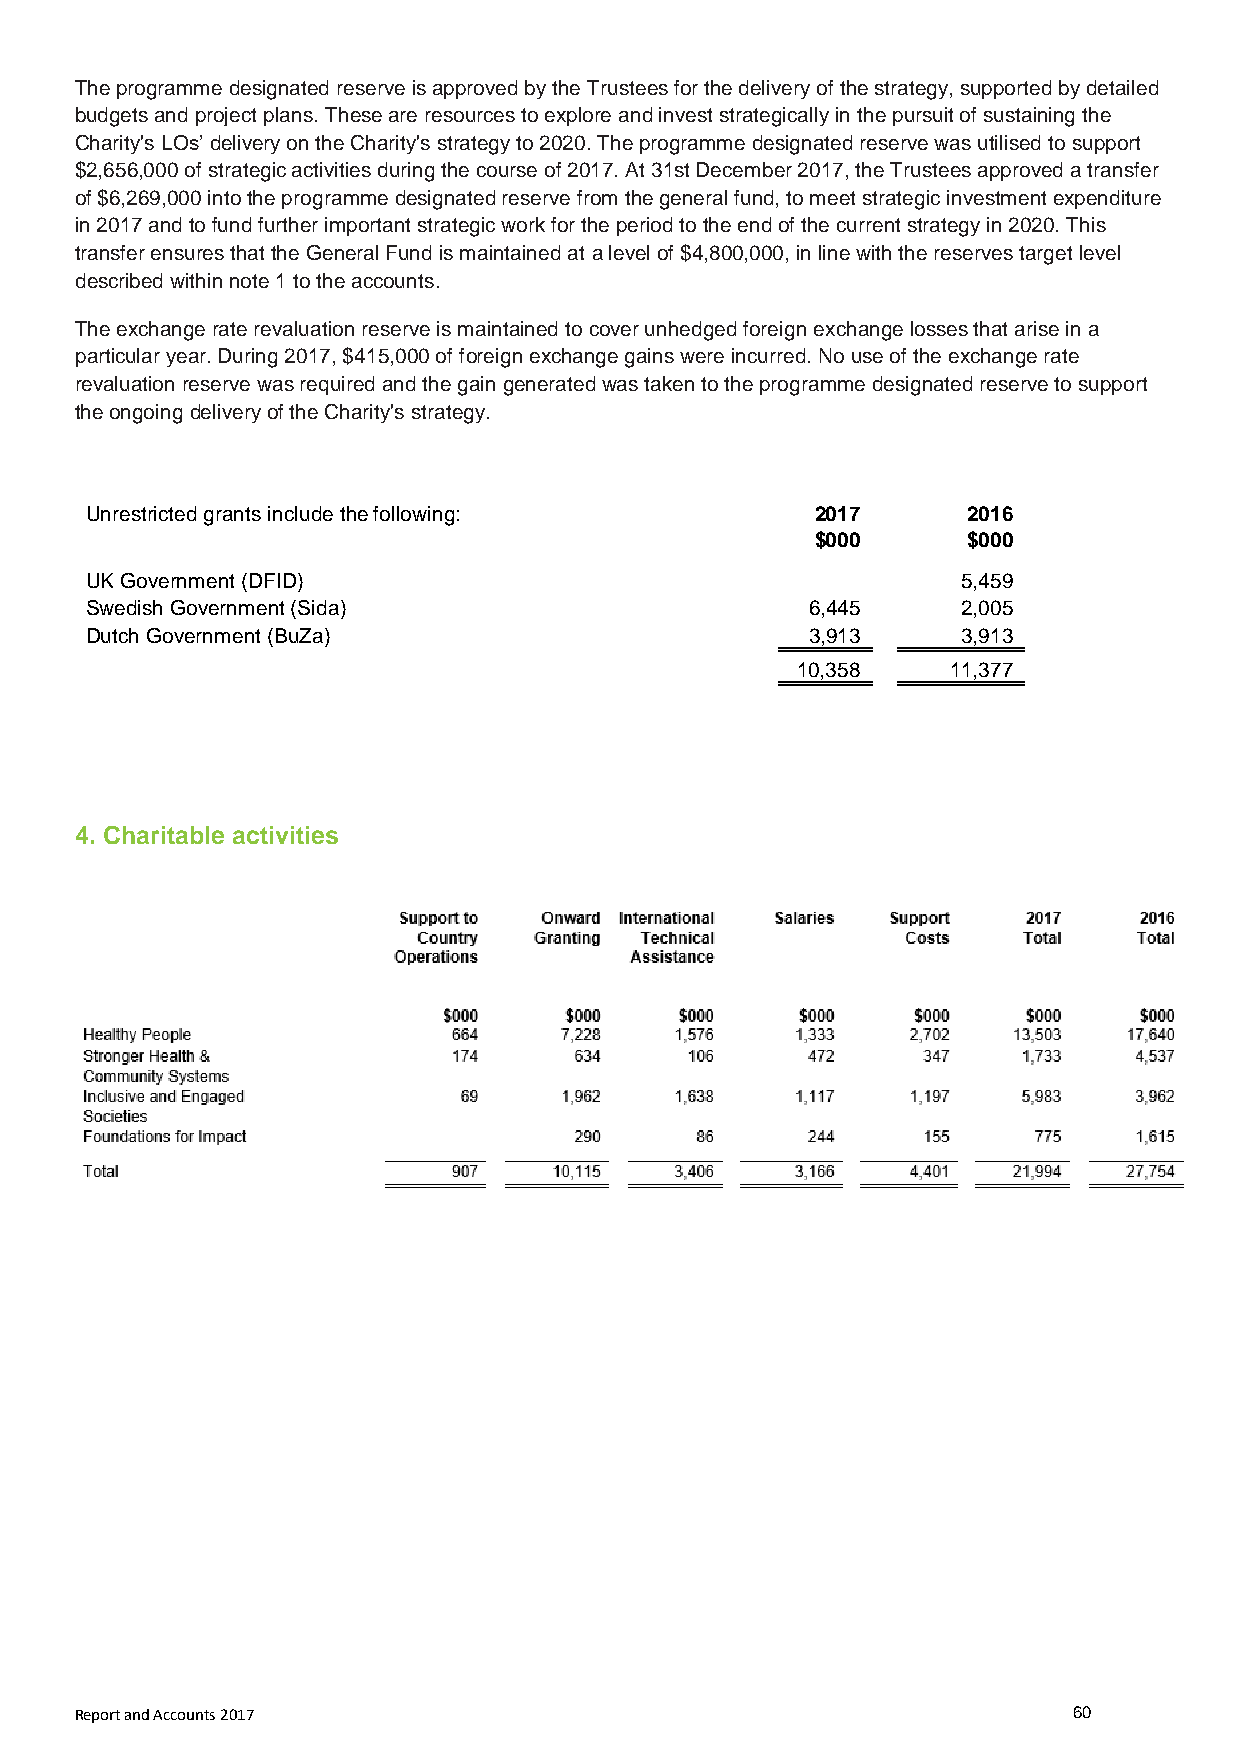
The programme designated reserve is approved by the Trustees for the delivery of the strategy, supported by detailed
 budgets and project plans. These are resources to explore and invest strategically in the pursuit of sustaining the
 Charity's LOs’ delivery on the Charity's strategy to 2020. The programme designated reserve was utilised to support
 $2,656,000 of strategic activities during the course of 2017. At 31st December 2017, the Trustees approved a transfer
 of $6,269,000 into the programme designated reserve from the general fund, to meet strategic investment expenditure
 in 2017 and to fund further important strategic work for the period to the end of the current strategy in 2020. This
 transfer ensures that the General Fund is maintained at a level of $4,800,000, in line with the reserves target level
 described within note 1 to the accounts.
 The exchange rate revaluation reserve is maintained to cover unhedged foreign exchange losses that arise in a
 particular year. During 2017, $415,000 of foreign exchange gains were incurred. No use of the exchange rate
 revaluation reserve was required and the gain generated was taken to the programme designated reserve to support
 the ongoing delivery of the Charity's strategy.
 Unrestricted grants include the following:      2017      2016
 $000      $000
 UK Government (DFID)                                      5,459
 Swedish Government (Sida)                       6,445     2,005
 Dutch Government (BuZa)                         3,913     3,913
 10,358    11,377
 4. Charitable activities
 Report and Accounts 2017                                          60